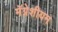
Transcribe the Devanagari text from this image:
मॅग्नेशीयम